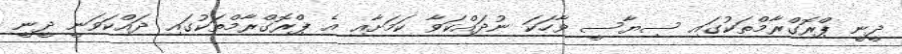
ދީނީ ޕްރޮގްރާމްތަކުގައި ސިޔާސީ ވާހަކަ ނުދައްކަވާ ކަމަށާއި އެ ޕްރޮގްރާމްތަކުގައި ދައްކަވަނީ ދީނީ